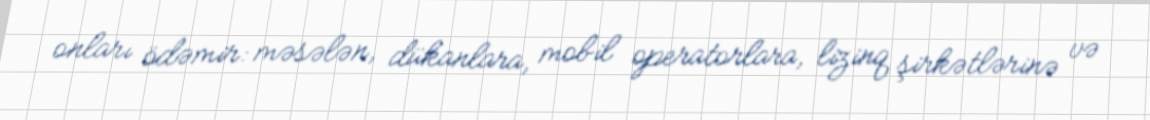
onları ödəmir: məsələn, dükanlara, mobil operatorlara, lizinq şirkətlərinə və